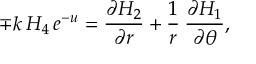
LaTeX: { \mp k \: H _ { 4 } } \, { e \sp { - u } } = \frac { \partial H _ { 2 } } { \partial r } + \frac { 1 } { r } \: \frac { \partial H _ { 1 } } { \partial \theta } ,